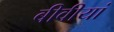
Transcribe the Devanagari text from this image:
बीवीयां